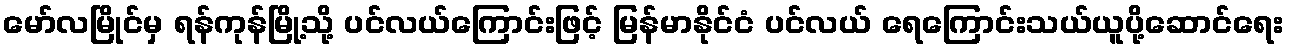
မော်လမြိုင်မှ ရန်ကုန်မြို့သို့ ပင်လယ်ကြောင်းဖြင့် မြန်မာနိုင်ငံ ပင်လယ် ရေကြောင်းသယ်ယူပို့ဆောင်ရေး